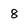
Character: 8